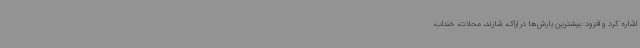
اشاره کرد و افزود: بیشترین بارش‌ها در اراک، شازند، محلات، خنداب،